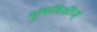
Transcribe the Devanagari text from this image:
युमेनिडीज्‌